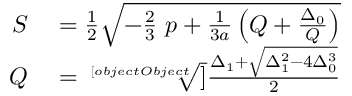
\begin{array} { r l } { S } & { { } = { \frac { 1 } { 2 } } { \sqrt { - { \frac { 2 } { 3 } } \ p + { \frac { 1 } { 3 a } } \left( Q + { \frac { \Delta _ { 0 } } { Q } } \right) } } } \\ { Q } & { { } = { \sqrt [ [object Object] ] { \frac { \Delta _ { 1 } + { \sqrt { \Delta _ { 1 } ^ { 2 } - 4 \Delta _ { 0 } ^ { 3 } } } } { 2 } } } } \end{array}